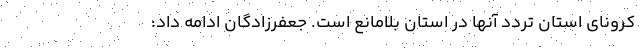
کرونای استان تردد آنها در استان بلامانع است. جعفرزادگان ادامه داد:‌